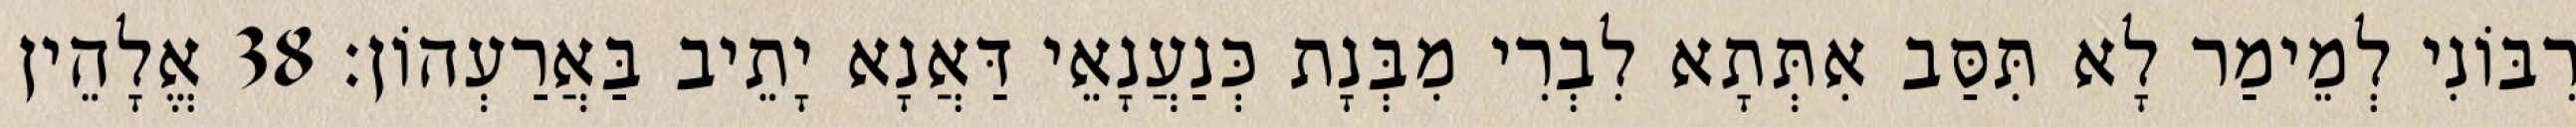
רִבּוֹנִי לְמֵימַר לָא תִּסַּב אִתְּתָא לִבְרִי מִבְּנָת כְּנַעֲנָאֵי דַּאֲנָא יָתֵיב בַּאֲרַעְהוֹן׃ 38 אֱלָהֵין